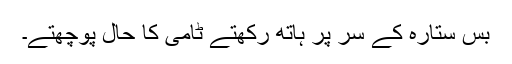
بس ستارہ کے سر پر ہاتھ رکھتے ٹامی کا حال پوچھتے۔